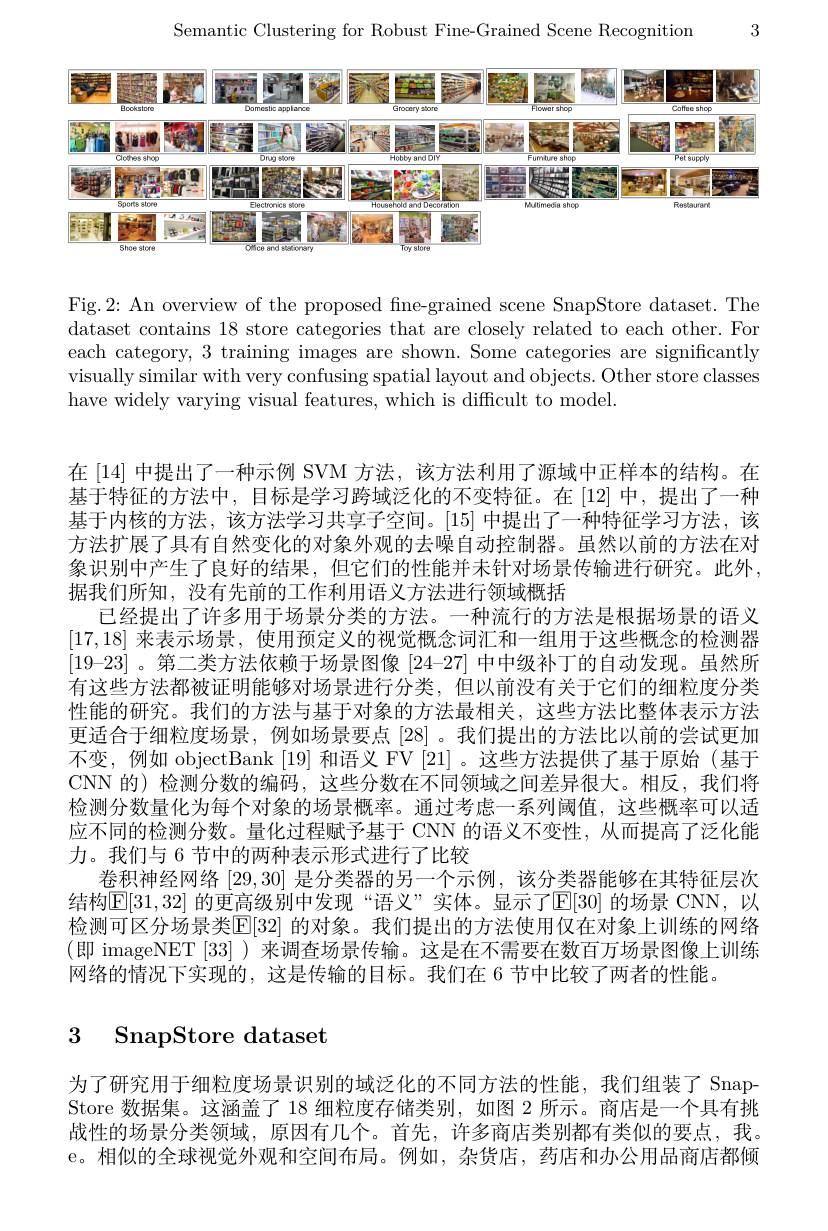
3

Semantic Clustering for Robust Fine-Grained Scene Recognition

<FigureHere>

Fig.2: An overview of the proposed fne-grained scene SnapStore dataset. The dataset contains 18 store categories that are closely related to each other. For each category, 3 training images are shown. Some categories are significantly visually similar with very confusing spatial layout and objects. Other store classes have widely varying visual features, which is difficult to model

在[14]中提出了一种示例 SVM 方法，该方法利用了源域中正样本的结构。在基于特征的方法中，目标是学习跨域泛化的不变特征。在 [12]中，提出了一种基于内核的方法，该方法学习共享子空间。[15] 中提出了一种特征学习方法，该方法扩展了具有自然变化的对象外观的去噪自动控制器。虽然以前的方法在对象识别中产生了良好的结果，但它们的性能并未针对场景传输进行研究。此外， 据我们所知，没有先前的工作利用语义方法进行领域概括
已经提出了许多用于场景分类的方法。一种流行的方法是根据场景的语义[17,18]来表示场景，使用预定义的视觉概念词汇和一组用于这些概念的检测器$[19–23]$ 。第二类方法依赖于场景图像$[24–27]$中中级补丁的自动发现。虽然所有这些方法都被证明能够对场景进行分类，但以前没有关于它们的细粒度分类性能的研究。我们的方法与基于对象的方法最相关，这些方法比整体表示方法更适合于细粒度场景，例如场景要点[28]。我们提出的方法比以前的尝试更加不变，例如 objectBank [19] 和语义 FV [21]。这些方法提供了基于原始(基于CNN 的) 检测分数的编码，这些分数在不同领域之间差异很大。相反，我们将检测分数量化为每个对象的场景概率。通过考虑一系列阈值，这些概率可以适应不同的检测分数。量化过程赋予基于 CNN 的语义不变性，从而提高了泛化能力。我们与 6 节中的两种表示形式进行了比较
卷积神经网络[29,30]是分类器的另一个示例，该分类器能够在其特征层次结构E[31,32]的更高级别中发现“语义”实体。显示了E[30]的场景 CNN,以检测可区分场景类E[32] 的对象。我们提出的方法使用仅在对象上训练的网络(即 imageNET [33])来调查场景传输。这是在不需要在数百万场景图像上训练网络的情况下实现的，这是传输的目标。我们在 6 节中比较了两者的性能。

# 3 SnapStore dataset

为了研究用于细粒度场景识别的域泛化的不同方法的性能，我们组装了SnapStore 数据集。这涵盖了 18 细粒度存储类别，如图 2 所示。商店是一个具有挑战性的场景分类领域，原因有几个。首先，许多商店类别都有类似的要点，我。e。相似的全球视觉外观和空间布局。例如，杂货店，药店和办公用品商店都倾